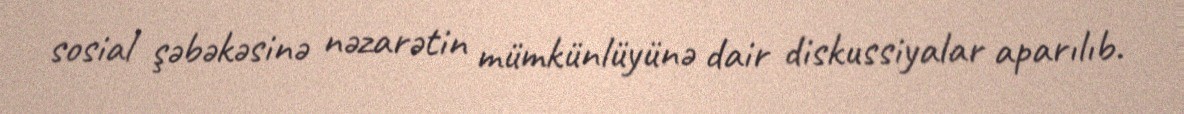
sosial şəbəkəsinə nəzarətin mümkünlüyünə dair diskussiyalar aparılıb.